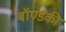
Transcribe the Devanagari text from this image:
बॉण्डकी